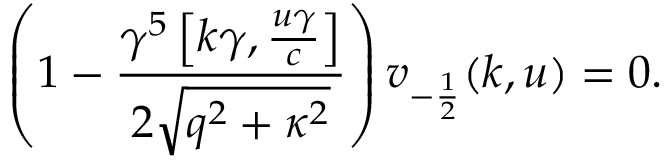
\left( 1 - \frac { \gamma ^ { 5 } \left[ k \gamma , \frac { u \gamma } { c } \right] } { 2 \sqrt { q ^ { 2 } + \kappa ^ { 2 } } } \right) v _ { - \frac { 1 } { 2 } } ( k , u ) = 0 .